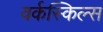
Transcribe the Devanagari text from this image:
वर्कस्किल्स